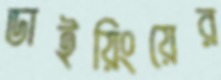
ডাইয়িংয়ের